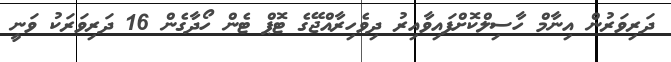
ދަރިވަރުން އިނާމް ހާސިލްކޮށްފައިވާއިރު ދިވެހިރާއްޖޭގެ ޓޮޕް ޓެން ހޯދާގެން 16 ދަރިވަރަކު ވަނީ